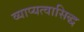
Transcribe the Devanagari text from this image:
व्याप्यत्वासिद्ध